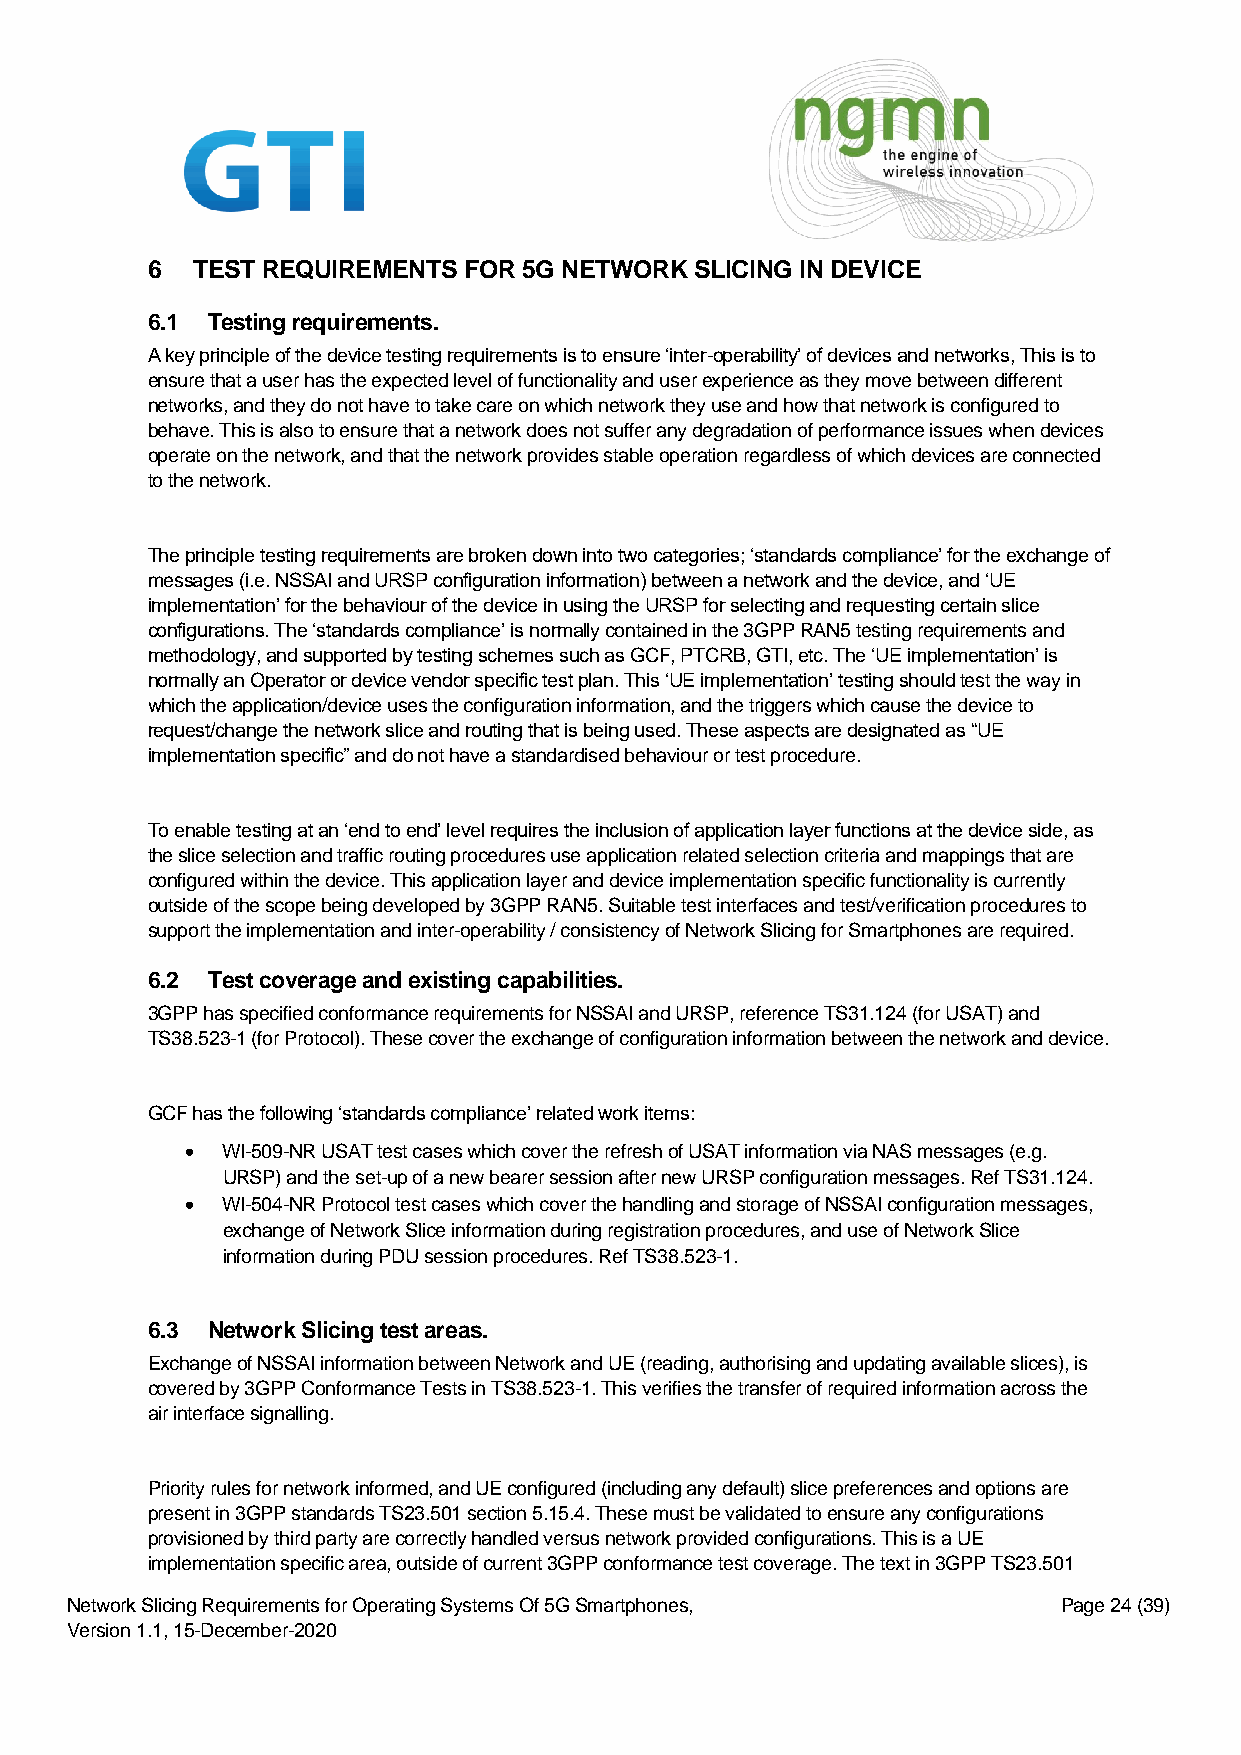
6  TEST REQUIREMENTS FOR 5G NETWORK SLICING IN DEVICE
 6.1 Testing requirements.
 A key principle of the device testing requirements is to ensure ‘inter-operability’ of devices and networks, This is to
 ensure that a user has the expected level of functionality and user experience as they move between different
 networks, and they do not have to take care on which network they use and how that network is configured to
 behave. This is also to ensure that a network does not suffer any degradation of performance issues when devices
 operate on the network, and that the network provides stable operation regardless of which devices are connected
 to the network.
 The principle testing requirements are broken down into two categories; ‘standards compliance’ for the exchange of
 messages (i.e. NSSAI and URSP configuration information) between a network and the device, and ‘UE
 implementation’ for the behaviour of the device in using the URSP for selecting and requesting certain slice
 configurations. The ‘standards compliance’ is normally contained in the 3GPP RAN5 testing requirements and
 methodology, and supported by testing schemes such as GCF, PTCRB, GTI, etc. The ‘UE implementation’ is
 normally an Operator or device vendor specific test plan. This ‘UE implementation’ testing should test the way in
 which the application/device uses the configuration information, and the triggers which cause the device to
 request/change the network slice and routing that is being used. These aspects are designated as “UE
 implementation specific” and do not have a standardised behaviour or test procedure.
 To enable testing at an ‘end to end’ level requires the inclusion of application layer functions at the device side, as
 the slice selection and traffic routing procedures use application related selection criteria and mappings that are
 configured within the device. This application layer and device implementation specific functionality is currently
 outside of the scope being developed by 3GPP RAN5. Suitable test interfaces and test/verification procedures to
 support the implementation and inter-operability / consistency of Network Slicing for Smartphones are required.
 6.2 Test coverage and existing capabilities.
 3GPP has specified conformance requirements for NSSAI and URSP, reference TS31.124 (for USAT) and
 TS38.523-1 (for Protocol). These cover the exchange of configuration information between the network and device.
 GCF has the following ‘standards compliance’ related work items:
 •  WI-509-NR USAT test cases which cover the refresh of USAT information via NAS messages (e.g.
 URSP) and the set-up of a new bearer session after new URSP configuration messages. Ref TS31.124.
 •  WI-504-NR Protocol test cases which cover the handling and storage of NSSAI configuration messages,
 exchange of Network Slice information during registration procedures, and use of Network Slice
 information during PDU session procedures. Ref TS38.523-1.
 6.3 Network Slicing test areas.
 Exchange of NSSAI information between Network and UE (reading, authorising and updating available slices), is
 covered by 3GPP Conformance Tests in TS38.523-1. This verifies the transfer of required information across the
 air interface signalling.
 Priority rules for network informed, and UE configured (including any default) slice preferences and options are
 present in 3GPP standards TS23.501 section 5.15.4. These must be validated to ensure any configurations
 provisioned by third party are correctly handled versus network provided configurations. This is a UE
 implementation specific area, outside of current 3GPP conformance test coverage. The text in 3GPP TS23.501
 Network Slicing Requirements for Operating Systems Of 5G Smartphones, Page 24 (39)
 Version 1.1, 15-December-2020